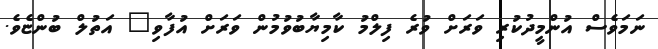
ނަމަވެސް އުންމީދުކުރި ވަރަށް ވުރެ ފިލްމު ކާމިޔާބުވުމުން ވަރަށް އުފާވި" އަތުލް ބުންޏެވެ.